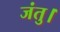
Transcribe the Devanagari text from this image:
जंतु।